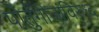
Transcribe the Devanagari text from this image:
पोर्तुगीजांविरुध्द